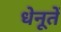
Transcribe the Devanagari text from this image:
धेनूतें